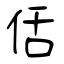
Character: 佸